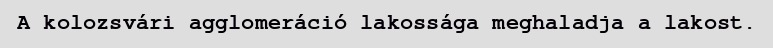
A kolozsvári agglomeráció lakossága meghaladja a lakost.